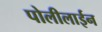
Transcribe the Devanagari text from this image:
पोलीलाईन